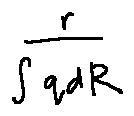
\frac { r } { \int q d R }